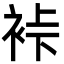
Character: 裃